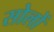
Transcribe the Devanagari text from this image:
सोलों